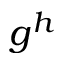
g ^ { h }